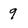
Character: 9